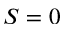
S = 0